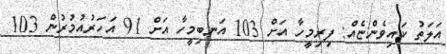
އަލަތު ކައިވެންޏެއް: ފިރިމީހާ އަށް 103 އަނބިމީހާ އަށް 91 އަހަރުއުމުރުން 103